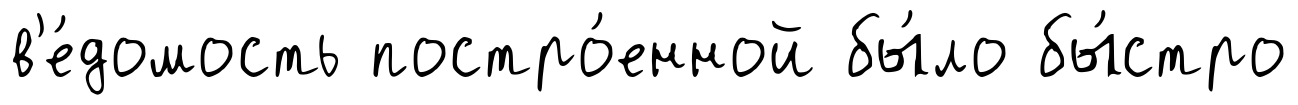
в'е́домость постро́енной бы́ло бы́стро